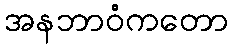
အနဘာဝံကတော